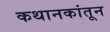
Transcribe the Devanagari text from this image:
कथानकांतून